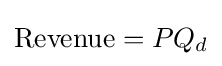
{\text{Revenue}}=PQ_{d}